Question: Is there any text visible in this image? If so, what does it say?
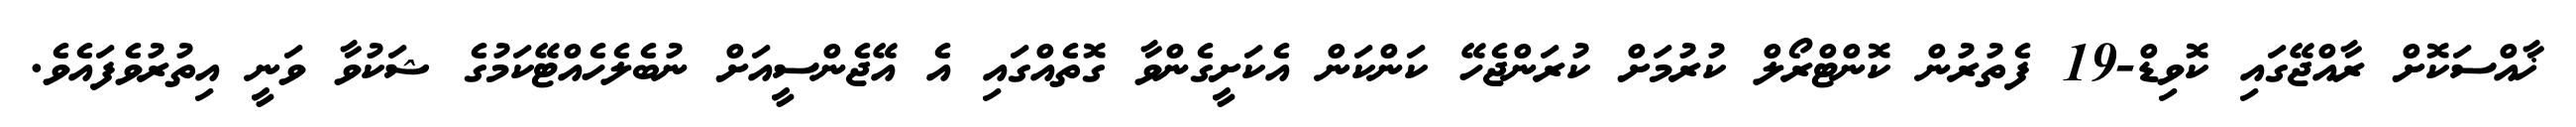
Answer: ޚާއްސަކޮށް ރާއްޖޭގައި ކޮވިޑް-19 ފެތުރުން ކޮންޓްރޯލް ކުރުމަށް ކުރަންޖެހޭ ކަންކަން އެކަށީގެންވާ ގޮތެއްގައި އެ އޭޖެންސީއަށް ނުބެލެހެއްޓޭކަމުގެ ޝަކުވާ ވަނީ އިތުރުވެފައެވެ.